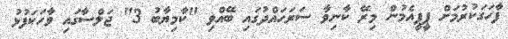
ފާހަގަކުރުމަށް ޕީޕީއެމުން މިރޭ ކާނިވާ ސަރަހައްދުގައި ބޭއްވި "ކާމިޔާބު 3" ޖަލްސާގައި ވާހަަކަފުޅު